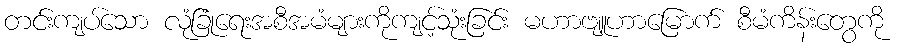
တင်းကျပ်သော လုံခြုံရေးအစီအမံများကိုကျင့်သုံးခြင်း မဟာဗျူဟာမြောက် စီမံကိန်းတွေကို